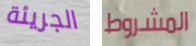
الجريئة المشروط